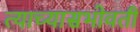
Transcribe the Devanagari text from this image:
त्याच्यासभोवती